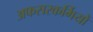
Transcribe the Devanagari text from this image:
अफसरकर्मियों